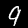
Label: 9